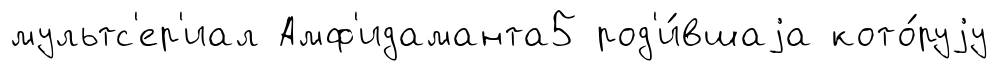
мультс'ер'иал Амф'идаманта5 род'и́вшаjа кото́руjу